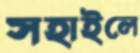
সহাইলে